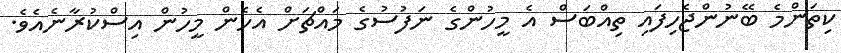
ކިތަންމެ ބޭނުންޖެހިފައި ތިއްބަސް އެ މީހުންގެ ނަފުސުގެ މައްޗަށް އެހެން މީހުން އިސްކުރާނެއެވެ.